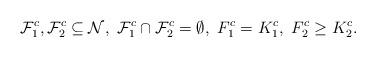
LaTeX: \begin{align*} \mathcal F_1^c, \mathcal F_2^c\subseteq \mathcal N,\ \mathcal F_1^c\cap\mathcal F_2^c=\emptyset, \ F_1^c= K_1^c, \ F_2^c\geq K_2^c. \end{align*}